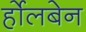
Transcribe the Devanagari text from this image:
र्होलबेन